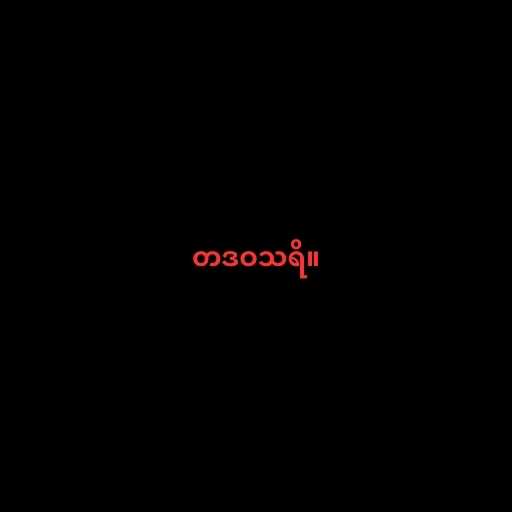
တဒဝသရိ။